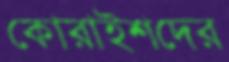
কোরাইশদের